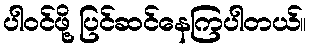
ပါဝင်ဖို့ ပြင်ဆင်နေကြပါတယ်။